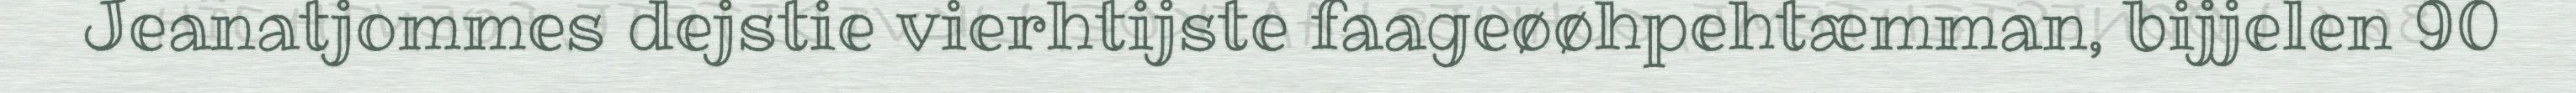
Jeanatjommes dejstie vierhtijste faageøøhpehtæmman, bijjelen 90